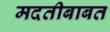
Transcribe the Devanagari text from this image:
मदतीबाबत